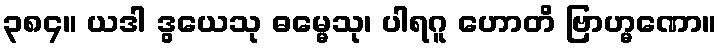
၃၈၄။ ယဒါ ဒွယေသု ဓမ္မေသု၊ ပါရဂူ ဟောတိ ဗြာဟ္မဏော။